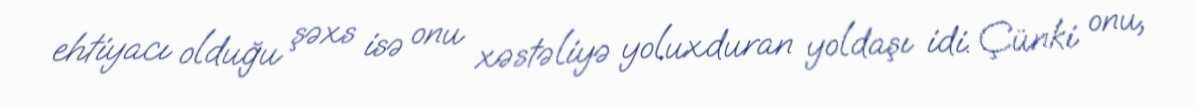
ehtiyacı olduğu şəxs isə onu xəstəliyə yoluxduran yoldaşı idi. Çünki onu,